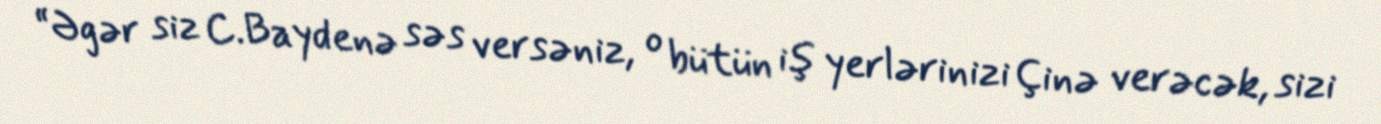
“Əgər siz C.Baydenə səs versəniz, o bütün iş yerlərinizi Çinə verəcək, sizi